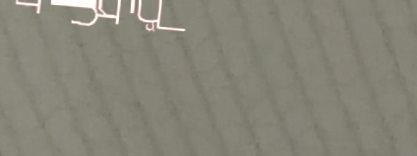
أفضل محلات بيع الملابس ال